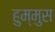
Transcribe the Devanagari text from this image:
हुम्मुस